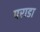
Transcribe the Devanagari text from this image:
पराडा